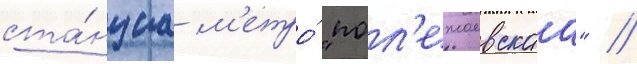
ста́нциа м'етро́ "пол'ежаевскаа" /